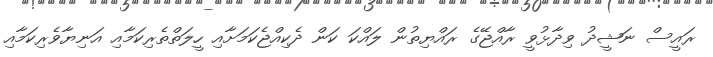
ރައީސް ނަޝީދު ވިދާޅުވީ ރާއްޖޭގެ ރައްޔިތުން ލައްކަ ކަން ދެކިއްޖެކަމަށާއި ހީލަތްތެރިކަމާއި އަނިޔާވެރިކަމާއި